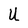
Character: U